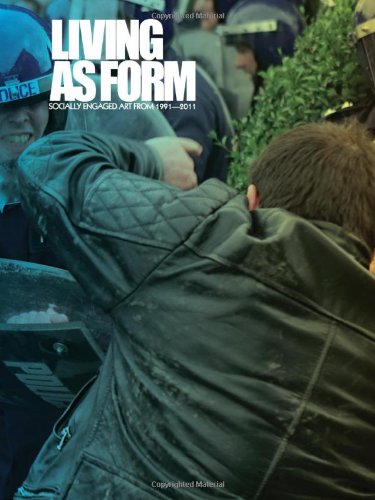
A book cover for Living as Form: Socially Engaged Art from 1991-2011; Arts & Photography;